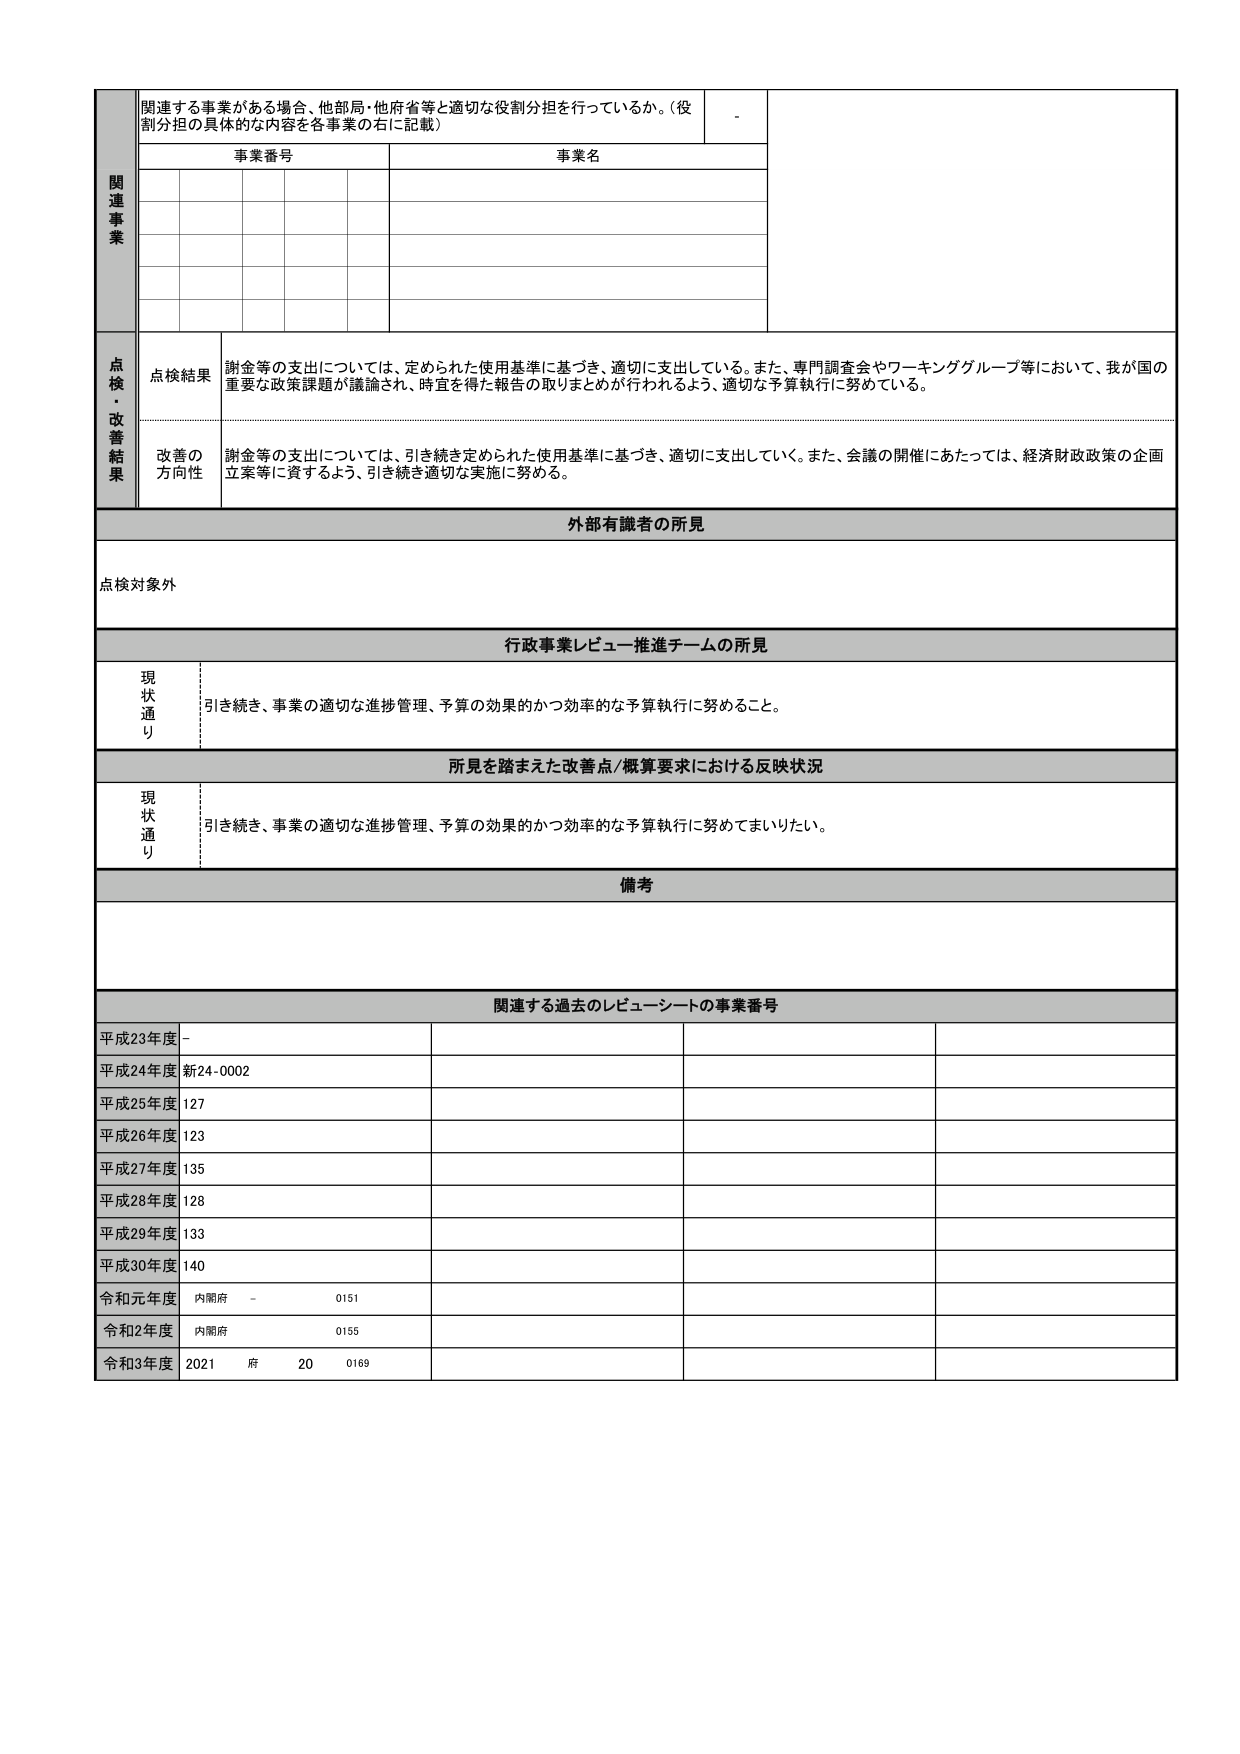
関連する事業がある場合、他部局・他府省等と適切な役割分担を行っているか。（役割分担の具体的な内容を各事業の右に記載）

事業番号
事業名

-
点検・改善結果
点検結果
謝金等の支出については、定められた使用基準に基づき、適切に支出している。また、専門調査会やワーキンググループ等において、我が国の重要な政策課題が議論され、時宜を得た報告の取りまとめが行われるよう、適切な予算執行に努めている。

改善の方向性
謝金等の支出については、引き続き定められた使用基準に基づき、適切に支出していく。また、会議の開催にあたっては、経済財政政策の企画立案等に資するよう、引き続き適切な実施に努める。

外部有識者の所見
点検対象外

行政事業レビュー推進チームの所見
現状通り
引き続き、事業の適切な進捗管理、予算の効果的かつ効率的な予算執行に努めること。

所見を踏まえた改善点/概算要求における反映状況
現状通り
引き続き、事業の適切な進捗管理、予算の効果的かつ効率的な予算執行に努めてまいりたい。

備考

関連する過去のレビューシートの事業番号
平成23年度 -
平成24年度 新24-0002
平成25年度 127
平成26年度 123
平成27年度 135
平成28年度 128
平成29年度 133
平成30年度 140
令和元年度 内閣府 - 0151
令和2年度 内閣府 0155
令和3年度 2021 府 20 0169